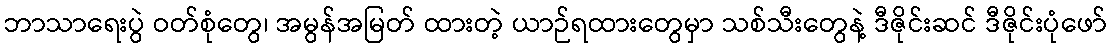
ဘာသာရေးပွဲ ဝတ်စုံတွေ၊ အမွန်အမြတ် ထားတဲ့ ယာဉ်ရထားတွေမှာ သစ်သီးတွေနဲ့ ဒီဇိုင်းဆင် ဒီဇိုင်းပုံဖော်